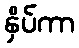
နှိပ်ကာ